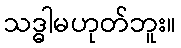
သဒ္ဓါမဟုတ်ဘူး။